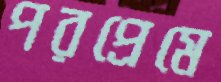
পরপ্রেমে